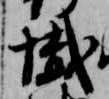
懺